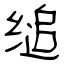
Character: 缒